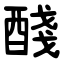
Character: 醆